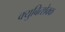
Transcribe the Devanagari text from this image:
क्युबित्शेक्क